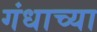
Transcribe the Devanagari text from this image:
गंधाच्या